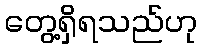
တွေ့ရှိရသည်ဟု